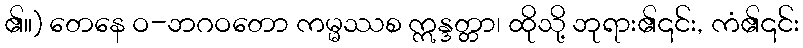
၏။) တေနေ ဝ-ဘဂဝတော ကမ္မဿစ ဣန္ဒတ္တာ၊ ထိုသို့ ဘုရား၏၎င်း, ကံ၏၎င်း